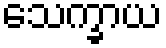
သေက္ခာယ